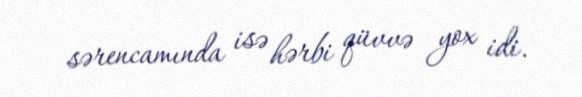
sərencamında isə hərbi qüvvə yox idi.